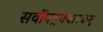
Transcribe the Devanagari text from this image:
सर्वोपद्रववारकम्